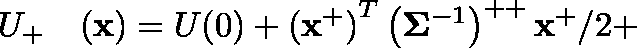
\begin{array} { r l } { U _ { + } } & { { } ( \mathbf { x } ) = U ( 0 ) + \left( \mathbf { x } ^ { + } \right) ^ { T } \left( \mathbf { \Sigma } ^ { - 1 } \right) ^ { + + } \mathbf { x } ^ { + } / 2 + } \end{array}